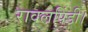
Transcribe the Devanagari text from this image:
रावलपिंडी।